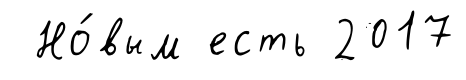
Но́вым есть 2017